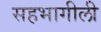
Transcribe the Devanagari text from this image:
सहभागीली